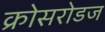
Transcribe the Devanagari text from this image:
क्रोसरोडज